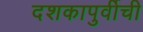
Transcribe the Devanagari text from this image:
दशकापुर्वीची